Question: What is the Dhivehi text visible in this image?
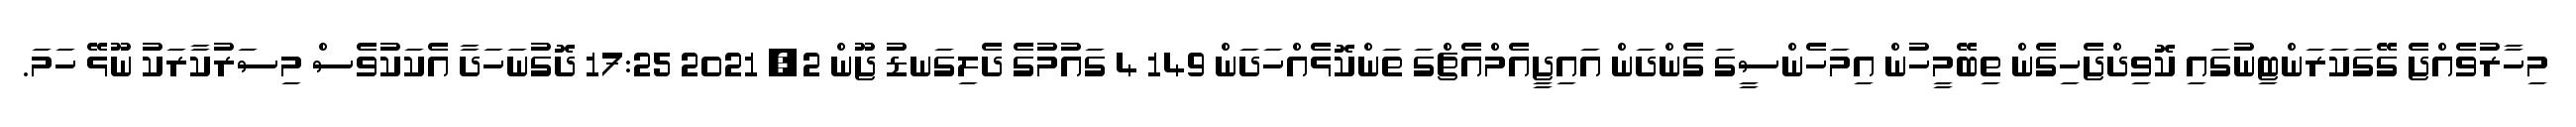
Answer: މިހާރުވެއްޖެ ގޭގަކަރަންޓިނުގައި ކޮވިދްޖެހިގެން ތިބޭމީހުން އިމަހެންސީގަ ގެންދަން އައިޖީއެމްއެޗްގަ ތަންކޮޅެއްހަދަން 149 4 ގައުމުގެ ދެލިގަނޑު ޖޫން 2, 2021 17:25 ދޮގުނަހަދާ އެކަކުވެސް މިސަރުކާރަކު ނޫޅޭ ހަމަ.